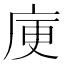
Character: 𭙜